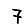
Digit: 7